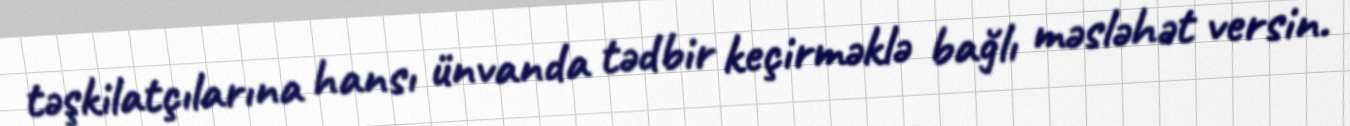
təşkilatçılarına hansı ünvanda tədbir keçirməklə bağlı məsləhət versin.